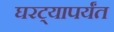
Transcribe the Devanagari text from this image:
घरट्यापर्यंत